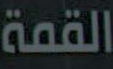
القمة